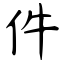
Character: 件